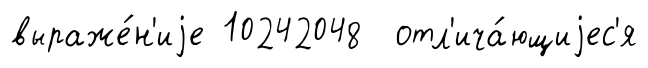
выраже́н'иjе 10242048 отл'ича́ющиjес'я